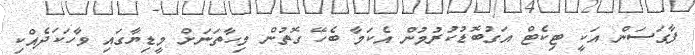
ފާގަސަން އަކީ ޓިކެޓް އަގުބޮޑުކުރުމުން އެކަމާ ބެހޭ ގޮތުން މިހާތަނަށް މީޑިޔާގައި ވާހަކަދެއްކި